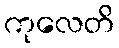
ကုလေတိ